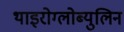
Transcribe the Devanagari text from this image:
थाइरोग्लोब्युलिन